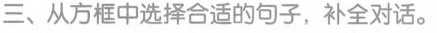
三、从方框中选择合适的句子,补全对话.